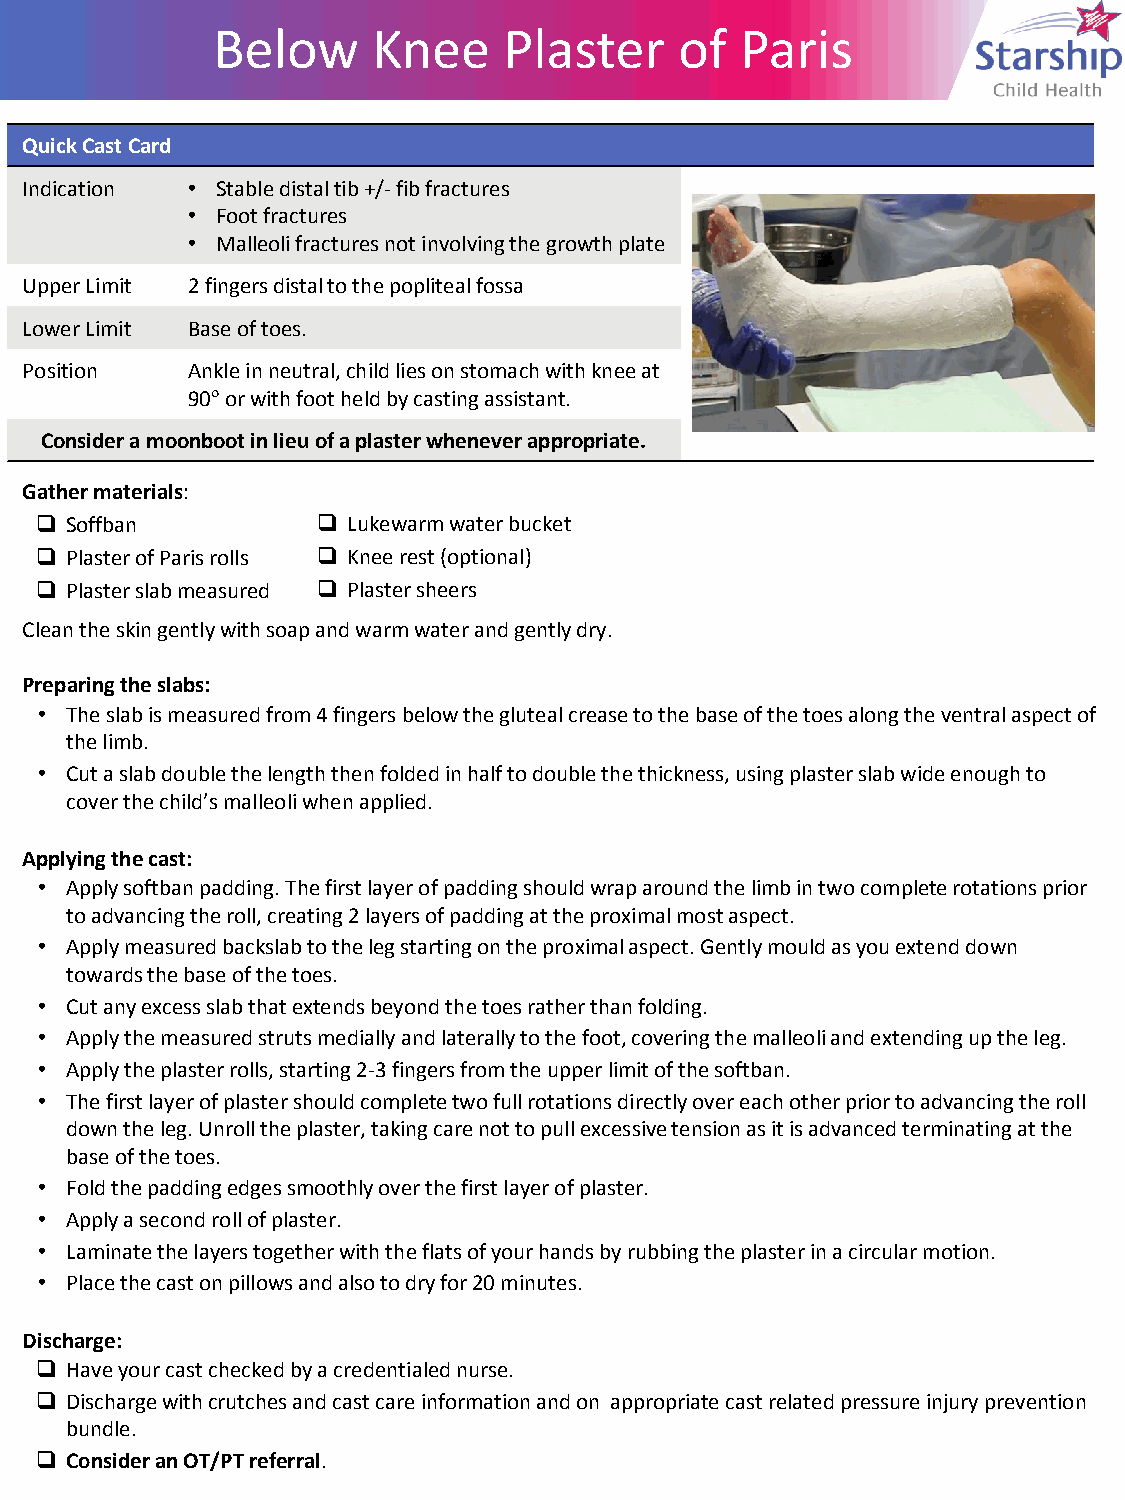
Below      Knee
 Below      Knee    Plaster     of  Paris
 Plaster     of  Paris
 Quick Cast Card
 Indication • Stable distal tib +/- fib fractures
 • Foot fractures
 • Malleoli fractures not involving the growth plate
 Upper Limit 2 fingers distal to the popliteal fossa
 Lower Limit Base of toes.
 Position   Ankle in neutral, child lies on stomach with knee at
 90° or with foot held by casting assistant.
 Consider a moonboot in lieu of a plaster whenever appropriate.
 Gather materials:
  Soffban           Lukewarm water bucket
  Plaster of Paris rolls  Knee rest (optional)
  Plaster slab measured  Plaster sheers
 Clean the skin gently with soap a nd warm water and gently dry.
 Preparing the slabs:
 • The slab is measured from 4 fingers below the gluteal crease to the base of the toes along the ventral aspect of
 the limb.
 • Cut a slab double the length then folded in half to double the thickness, using plaster slab wide enough to
 cover the child’s malleoli when applied.
 Applying the cast:
 • Apply softban padding. The first layer of padding should wrap around the limb in two complete rotations prior
 to advancing the roll, creating 2 layers of padding at the proximal most aspect.
 • Apply measured backslab to the leg starting on the proximal aspect. Gently mould as you extend down
 towards the base of the toes.
 • Cut any excess slab that extends beyond the toes rather than folding.
 • Apply the measured struts medially and laterally to the foot, covering the malleoli and extending up the leg.
 • Apply the plaster rolls, starting 2-3 fingers from the upper limit of the softban.
 • The first layer of plaster should complete two full rotations directly over each other prior to advancing the roll
 down the leg. Unroll the plaster, taking care not to pull excessive tension as it is advanced terminating at the
 base of the toes.
 • Fold the padding edges smoothly over the first layer of plaster.
 • Apply a second roll of plaster.
 • Laminate the layers together with the flats of your hands by rubbing the plaster in a circular motion.
 • Place the cast on pillows and also to dry for 20 minutes.
 Discharge:
  Have your cast checked by a credentialed nurse.
  Discharge with crutches and cast care information and on appropriate cast related pressure injury prevention
 bundle.
  Consider an OT/PT referral.